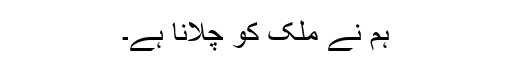
ہم نے ملک کو چلانا ہے۔